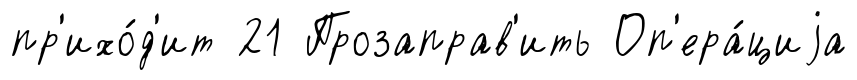
пр'ихо́д'ит 21 Прозаправ'ить Оп'ера́циjа